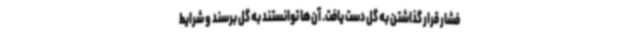
فشار قرار گذاشتن به گل دست یافت. آن‌ها توانستند به گل برسند و شرایط